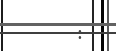
: